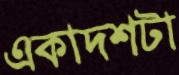
একাদশটা